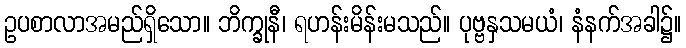
ဥပစာလာအမည်ရှိသော။ ဘိက္ခုနီ၊ ရဟန်းမိန်းမသည်။ ပုဗ္ဗနှသမယံ၊ နံနက်အခါ၌။